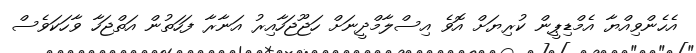
އެހެންވިއްޔާ އެމްޑިޕީން ކުރިޔަށް އޮވެ އިސްލާމްދީނަށް ހަޖޫޖަހާއިރު އަނާރާ ފަހަތުން އަތްޖަހާ ވާހަކަވެސް